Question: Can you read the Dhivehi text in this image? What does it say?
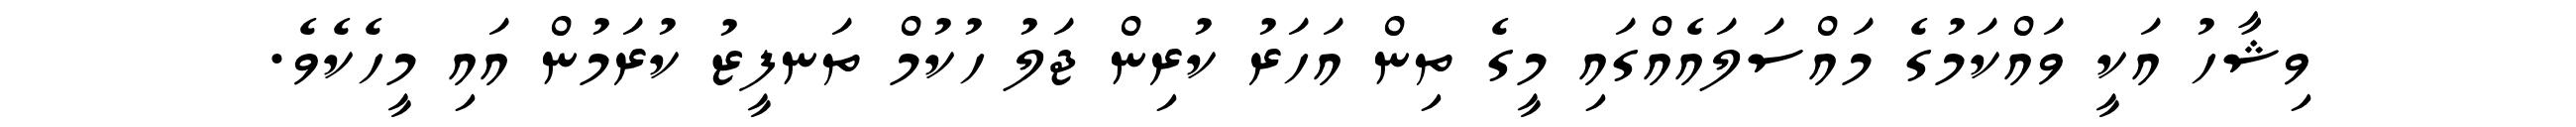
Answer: ވިޝާހު އަކީ ވައްކަމުގެ މައްސަލައެއްގައި މީގެ ތިން އަހަރު ކުރިން ޖަލު ހުކުމް ތަނފީޒު ކުރަމުން އައި މީހެކެވެ.